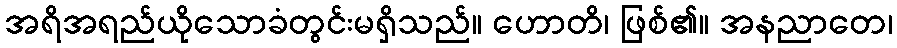
အရိအရည်ယိုသောခံတွင်းမရှိသည်။ ဟောတိ၊ ဖြစ်၏။ အနညာတေ၊